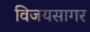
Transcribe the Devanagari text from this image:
विजयसागर